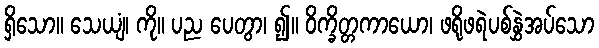
ရှိသော။ သေယျံ၊ ကို။ ပည ပေတွာ၊ ၍။ ဝိက္ခိတ္တကာယော၊ ဖရိုဖရဲပစ်နွှဲအပ်သော